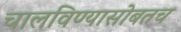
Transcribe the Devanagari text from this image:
चालविण्यासोबतच